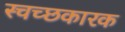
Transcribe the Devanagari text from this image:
स्चच्छकारक